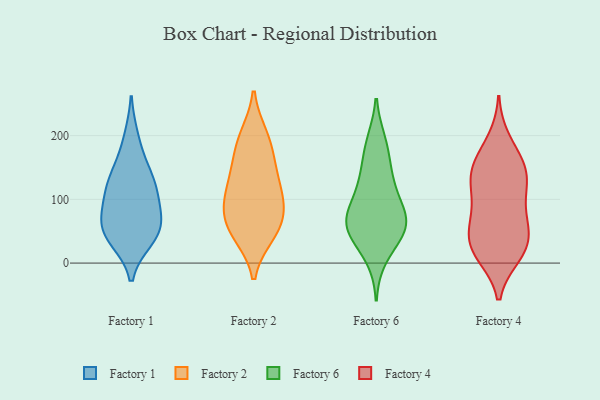
{"axis": {"x": "Latency (ms)", "y": "Value"}, "legend": ["Factory 1", "Factory 2", "Factory 4", "Factory 6"], "data": [{"x": "", "y": 73, "type": "Factory 1"}, {"x": "", "y": 37, "type": "Factory 1"}, {"x": "", "y": 117, "type": "Factory 1"}, {"x": "", "y": 114, "type": "Factory 1"}, {"x": "", "y": 103, "type": "Factory 1"}, {"x": "", "y": 137, "type": "Factory 1"}, {"x": "", "y": 41, "type": "Factory 1"}, {"x": "", "y": 65, "type": "Factory 1"}, {"x": "", "y": 197, "type": "Factory 1"}, {"x": "", "y": 64, "type": "Factory 1"}, {"x": "", "y": 153, "type": "Factory 1"}, {"x": "", "y": 43, "type": "Factory 1"}, {"x": "", "y": 51, "type": "Factory 2"}, {"x": "", "y": 197, "type": "Factory 2"}, {"x": "", "y": 111, "type": "Factory 2"}, {"x": "", "y": 149, "type": "Factory 2"}, {"x": "", "y": 44, "type": "Factory 2"}, {"x": "", "y": 200, "type": "Factory 2"}, {"x": "", "y": 46, "type": "Factory 2"}, {"x": "", "y": 136, "type": "Factory 2"}, {"x": "", "y": 80, "type": "Factory 2"}, {"x": "", "y": 77, "type": "Factory 2"}, {"x": "", "y": 90, "type": "Factory 2"}, {"x": "", "y": 109, "type": "Factory 2"}, {"x": "", "y": 169, "type": "Factory 2"}, {"x": "", "y": 135, "type": "Factory 6"}, {"x": "", "y": 77, "type": "Factory 6"}, {"x": "", "y": 189, "type": "Factory 6"}, {"x": "", "y": 83, "type": "Factory 6"}, {"x": "", "y": 180, "type": "Factory 6"}, {"x": "", "y": 50, "type": "Factory 6"}, {"x": "", "y": 48, "type": "Factory 6"}, {"x": "", "y": 55, "type": "Factory 6"}, {"x": "", "y": 105, "type": "Factory 6"}, {"x": "", "y": 59, "type": "Factory 6"}, {"x": "", "y": 61, "type": "Factory 6"}, {"x": "", "y": 134, "type": "Factory 6"}, {"x": "", "y": 10, "type": "Factory 6"}, {"x": "", "y": 50, "type": "Factory 4"}, {"x": "", "y": 65, "type": "Factory 4"}, {"x": "", "y": 18, "type": "Factory 4"}, {"x": "", "y": 174, "type": "Factory 4"}, {"x": "", "y": 43, "type": "Factory 4"}, {"x": "", "y": 12, "type": "Factory 4"}, {"x": "", "y": 39, "type": "Factory 4"}, {"x": "", "y": 193, "type": "Factory 4"}, {"x": "", "y": 93, "type": "Factory 4"}, {"x": "", "y": 15, "type": "Factory 4"}, {"x": "", "y": 95, "type": "Factory 4"}, {"x": "", "y": 143, "type": "Factory 4"}, {"x": "", "y": 128, "type": "Factory 4"}, {"x": "", "y": 151, "type": "Factory 4"}, {"x": "", "y": 150, "type": "Factory 4"}, {"x": "", "y": 17, "type": "Factory 4"}, {"x": "", "y": 123, "type": "Factory 4"}, {"x": "", "y": 136, "type": "Factory 4"}, {"x": "", "y": 65, "type": "Factory 4"}]}